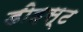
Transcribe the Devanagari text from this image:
डीइस्ट